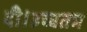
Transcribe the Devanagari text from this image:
दी।उच्चतम